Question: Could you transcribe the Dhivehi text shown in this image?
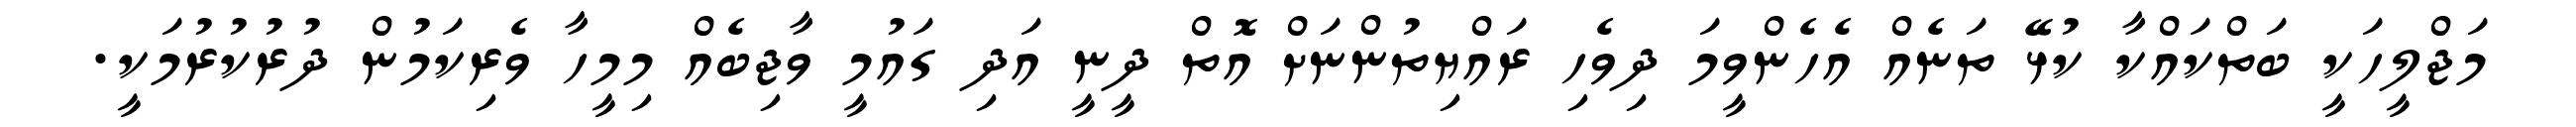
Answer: މަޖްލީހަކީ ބަތްކައްކާ ކުޅޭ ތަނެއް އެހެންވީމަ ދިވެހި ރައްޔިތުންނަށް އޮތް ދީނީ އަދި ގައުމީ ވާޖިބެއް މިމީހާ ވެރިކަމުން ދުރުކުރުމަކީ.